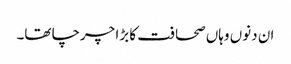
ان دنوں وہاں صحافت کا بڑا چرچا تھا۔